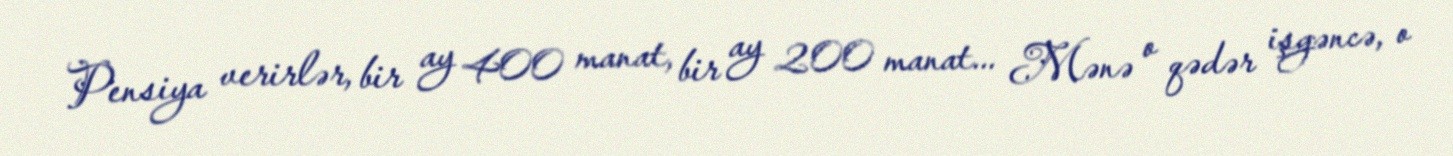
Pensiya verirlər, bir ay 400 manat, bir ay 200 manat... Mənə o qədər işgəncə, o